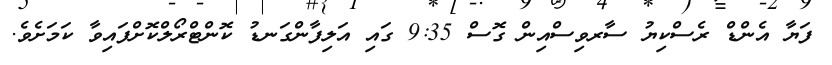
ފަޔާ އެންޑް ރެސްކިޔު ސާރވިސްއިން ގޮސް 9:35 ގައި އަލިފާންގަނޑު ކޮންޓްރޯލްކޮށްފައިވާ ކަމަށެވެ.